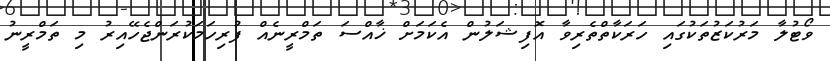
ވޯޓުލާ މަރުކަޒުތަކުގައި ހަރަކާތްތެރިވާ އޮފިޝަލުން އެކަމަށް ޚާއްސަ ތަމްރީނެއް ފުރިހަމަކުރަންޖެހޭއިރު މި ތަމްރީނު